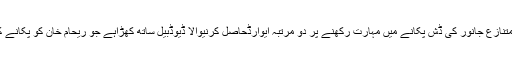
ویڈیو میں دیکھاگیاہے کہ متنازع جانور کی ڈش پکانے میں مہارت رکھنے پر دو مرتبہ ایوارڈحاصل کرنیوالا ڈیوڈبیل ساتھ کھڑاہے جو ریحام خان کو پکانے کا بہترین طریقہ بتارہاہے ۔